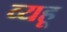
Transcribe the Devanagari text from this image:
व्यहू